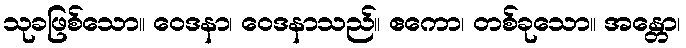
သုခဖြစ်သော။ ဝေဒနာ၊ ဝေဒနာသည်။ ဧကော၊ တစ်ခုသော။ အန္တော၊